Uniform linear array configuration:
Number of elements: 64
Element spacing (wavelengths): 1
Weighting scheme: hann
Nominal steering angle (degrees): -15
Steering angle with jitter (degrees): -13.797
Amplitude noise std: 0.05
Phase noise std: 0.05

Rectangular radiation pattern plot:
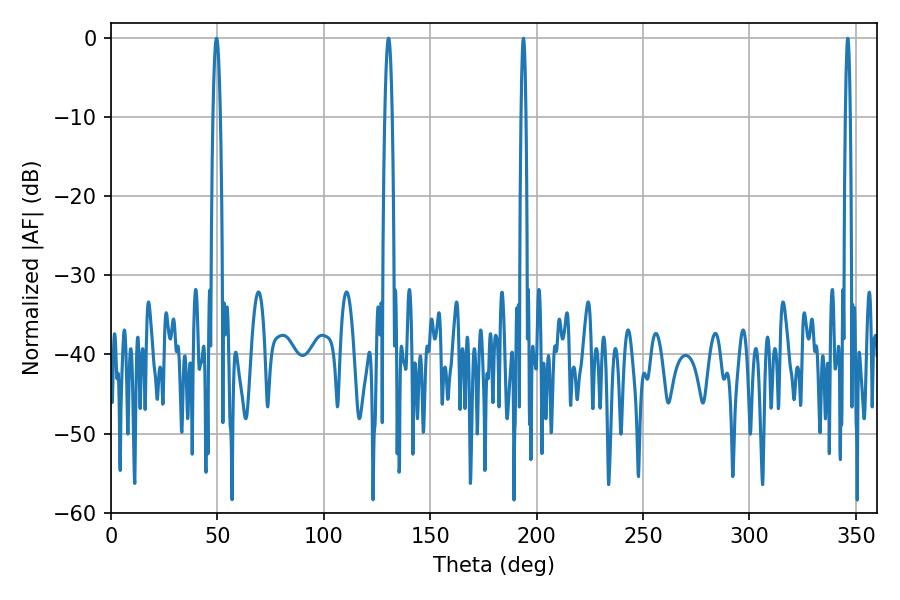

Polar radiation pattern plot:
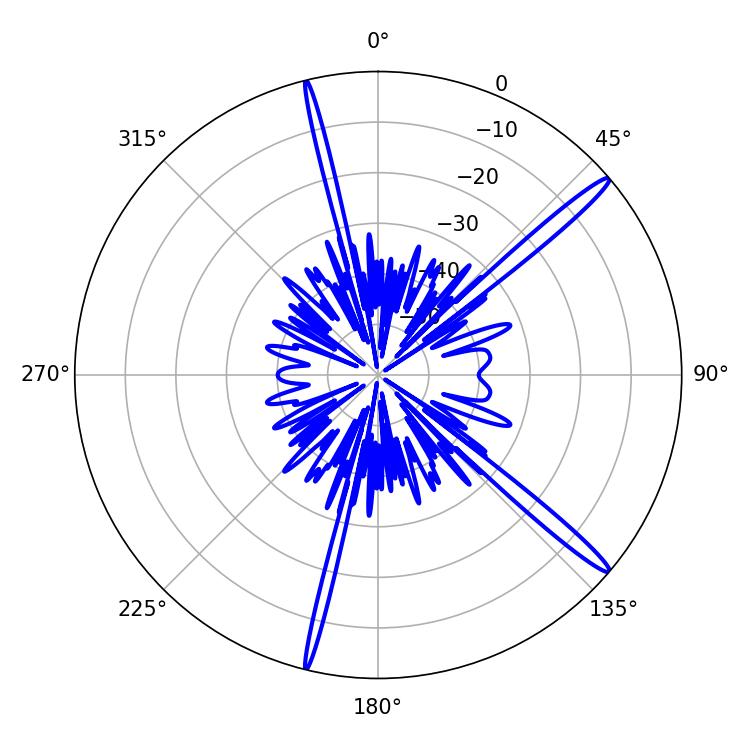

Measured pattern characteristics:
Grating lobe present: TRUE
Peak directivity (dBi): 16.515
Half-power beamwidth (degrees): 1.98
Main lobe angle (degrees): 130.32